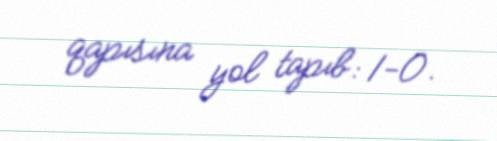
qapısına yol tapıb: 1-0.